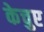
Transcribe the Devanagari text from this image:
केचुए